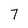
Character: 7